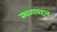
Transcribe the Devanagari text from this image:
स्थळाबद्दल